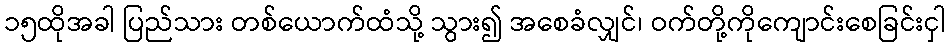
၁၅ထိုအခါ ပြည်သား တစ်ယောက်ထံသို့ သွား၍ အစေခံလျှင်၊ ဝက်တို့ကိုကျောင်းစေခြင်းငှါ